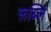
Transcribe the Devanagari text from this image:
रूब्लि